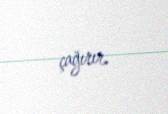
çağırır.